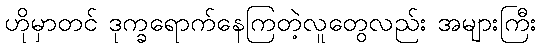
ဟိုမှာတင် ဒုက္ခရောက်နေကြတဲ့လူတွေလည်း အများကြီး